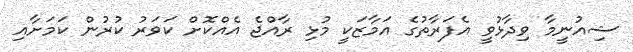
ޝިއުނީމާ ވިދާޅުވީ އެފަރާތުގެ އަމާޒަކީ މުޅި ރާއްޖެ އެއްކޮށް ކަވަރު ކުރުން ކަމަށާއި